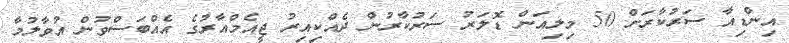
އިންޑިއާ ސަރުކާރަށް 50 މިލިއަން ޑޮލަރު ސަރުކާރުން ދެއްކިއިރު ޖީއެމްއާރުގެ އެއްބަސްވުން އުވާލުމާ